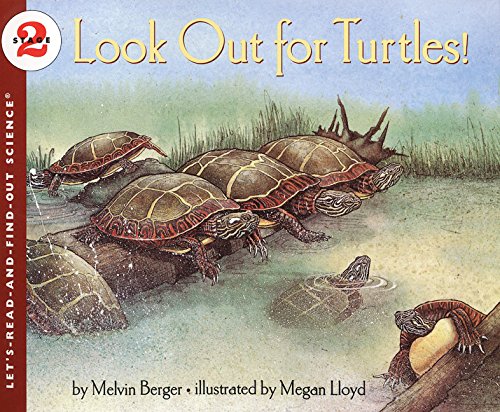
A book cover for Look Out for Turtles! (Let's-Read-and-Find-Out Science 2); Melvin Berger; Children's Books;